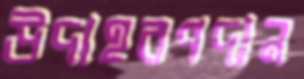
উদাহরণদান